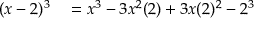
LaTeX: \begin{array} { r l } { ( x - 2 ) ^ { 3 } } & { { } = x ^ { 3 } - 3 x ^ { 2 } ( 2 ) + 3 x ( 2 ) ^ { 2 } - 2 ^ { 3 } } \end{array}